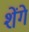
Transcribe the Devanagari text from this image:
शेंगे